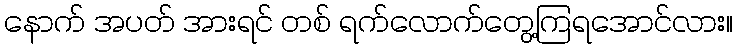
နောက် အပတ် အားရင် တစ် ရက်လောက်တွေ့ကြရအောင်လား။